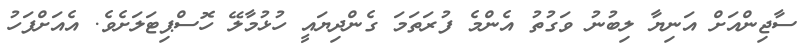
ސާޖިންއަށް އަނިޔާ ލިބުނު ވަގުތު އެންމެ ފުރަތަމަ ގެންދިޔައީ ހުޅުމާލޭ ހޮސްޕިޓަލަށެވެ. އެއަށްފަހު